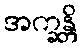
အက္ခန္တိ